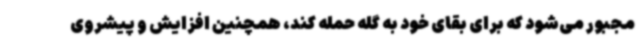
مجبور می‌شود که برای بقای خود به گله حمله کند، همچنین افزایش و پیشروی